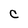
Character: C